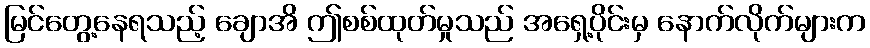
မြင်တွေ့နေရသည့် ချောအိ ဤစစ်ထုတ်မှုသည် အရှေ့ပိုင်းမှ နောက်လိုက်များက